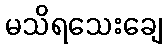
မသိရသေးချေ